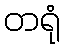
တရုံ